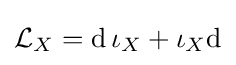
{\mathcal {L}}_{X}=\mathrm {d} \,\iota _{X}+\iota _{X}\mathrm {d}